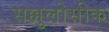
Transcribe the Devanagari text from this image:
सल्लुलोसीक